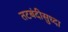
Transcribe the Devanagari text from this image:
तटबंदीसुध्दा